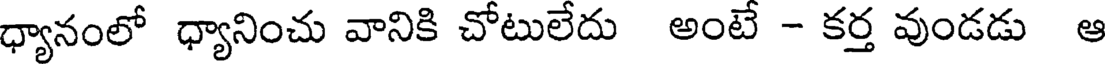
ధ్యానంలో ధ్యానించు వానికి చోటులేదు అంటే - కర్త వుండడు ఆ